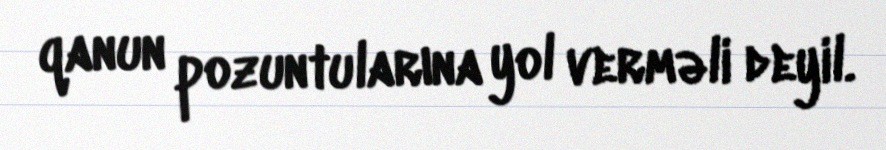
qanun pozuntularına yol verməli deyil.